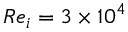
R e _ { i } = 3 \times 1 0 ^ { 4 }